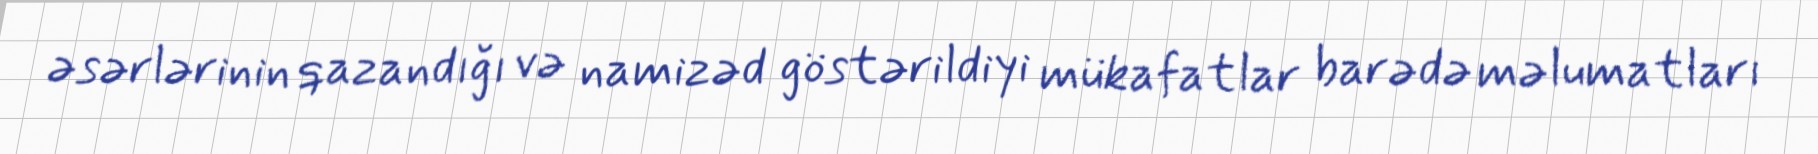
əsərlərinin qazandığı və namizəd göstərildiyi mükafatlar barədə məlumatları